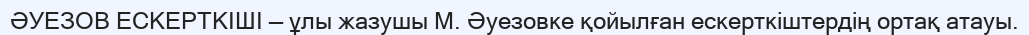
ӘУЕЗОВ ЕСКЕРТКІШІ — ұлы жазушы М. Әуезовке қойылған ескерткіштердің ортақ атауы.